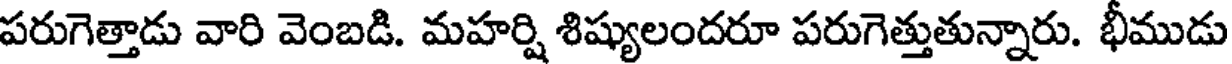
పరుగెత్తాడు వారి వెంబడి. మహర్షి శిష్యులందరూ పరుగెత్తుతున్నారు. భీముడు